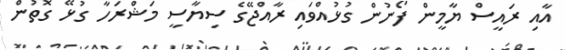
އާއި ރައީސް ޔާމީން ފޯނުން ގުޅުއްވައި ރާއްޖޭގެ ސިޔާސީ މަޝްރަހާ ގުޅޭ ގޮތުން